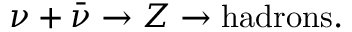
\nu + { \bar { \nu } } \to Z \to { \mathrm { h a d r o n s } } .